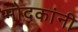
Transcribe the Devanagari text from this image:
मोदकांनी